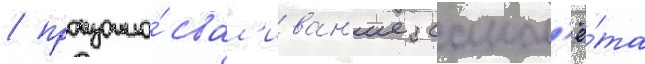
/ произошло́ свал'иван'ие самол'ё́та